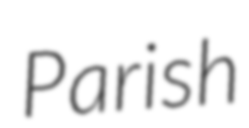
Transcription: Parish